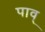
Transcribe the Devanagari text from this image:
पाव्